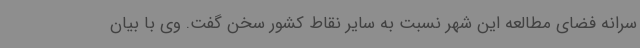
سرانه فضای مطالعه این شهر نسبت به سایر نقاط کشور سخن گفت. وی با بیان